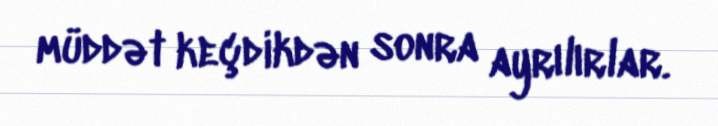
müddət keçdikdən sonra ayrılırlar.